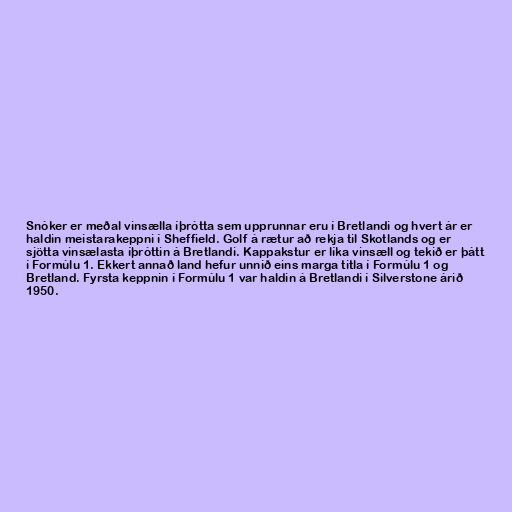
Snóker er meðal vinsælla íþrótta sem upprunnar eru í Bretlandi og hvert ár er
haldin meistarakeppni í Sheffield. Golf á rætur að rekja til Skotlands og er
sjötta vinsælasta íþróttin á Bretlandi. Kappakstur er líka vinsæll og tekið er þátt
í Formúlu 1. Ekkert annað land hefur unnið eins marga titla í Formúlu 1 og
Bretland. Fyrsta keppnin í Formúlu 1 var haldin á Bretlandi í Silverstone árið
1950.